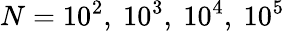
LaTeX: N=10^{2},\ 10^{3},\ 10^{4},\ 10^{5}